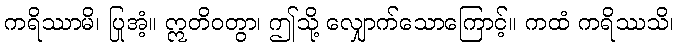
ကရိဿာမိ၊ ပြုအံ့။ ဣတိဝတွာ၊ ဤသို့ လျှောက်သောကြောင့်။ ကထံ ကရိဿသိ၊